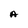
Character: A